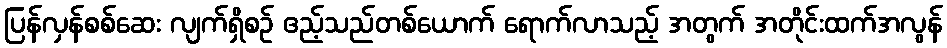
ပြန်လှန်စစ်ဆေး လျက်ရှိစဉ် ဧည့်သည်တစ်ယောက် ရောက်လာသည့် အတွက် အတိုင်းထက်အလွန်